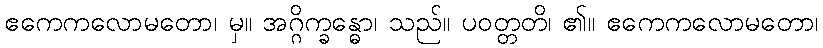
ဧကေကလောမတော၊ မှ။ အဂ္ဂိက္ခန္ဓော၊ သည်။ ပဝတ္တတိ၊ ၏။ ဧကေကလောမတော၊